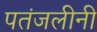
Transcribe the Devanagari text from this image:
पतंजलीनी